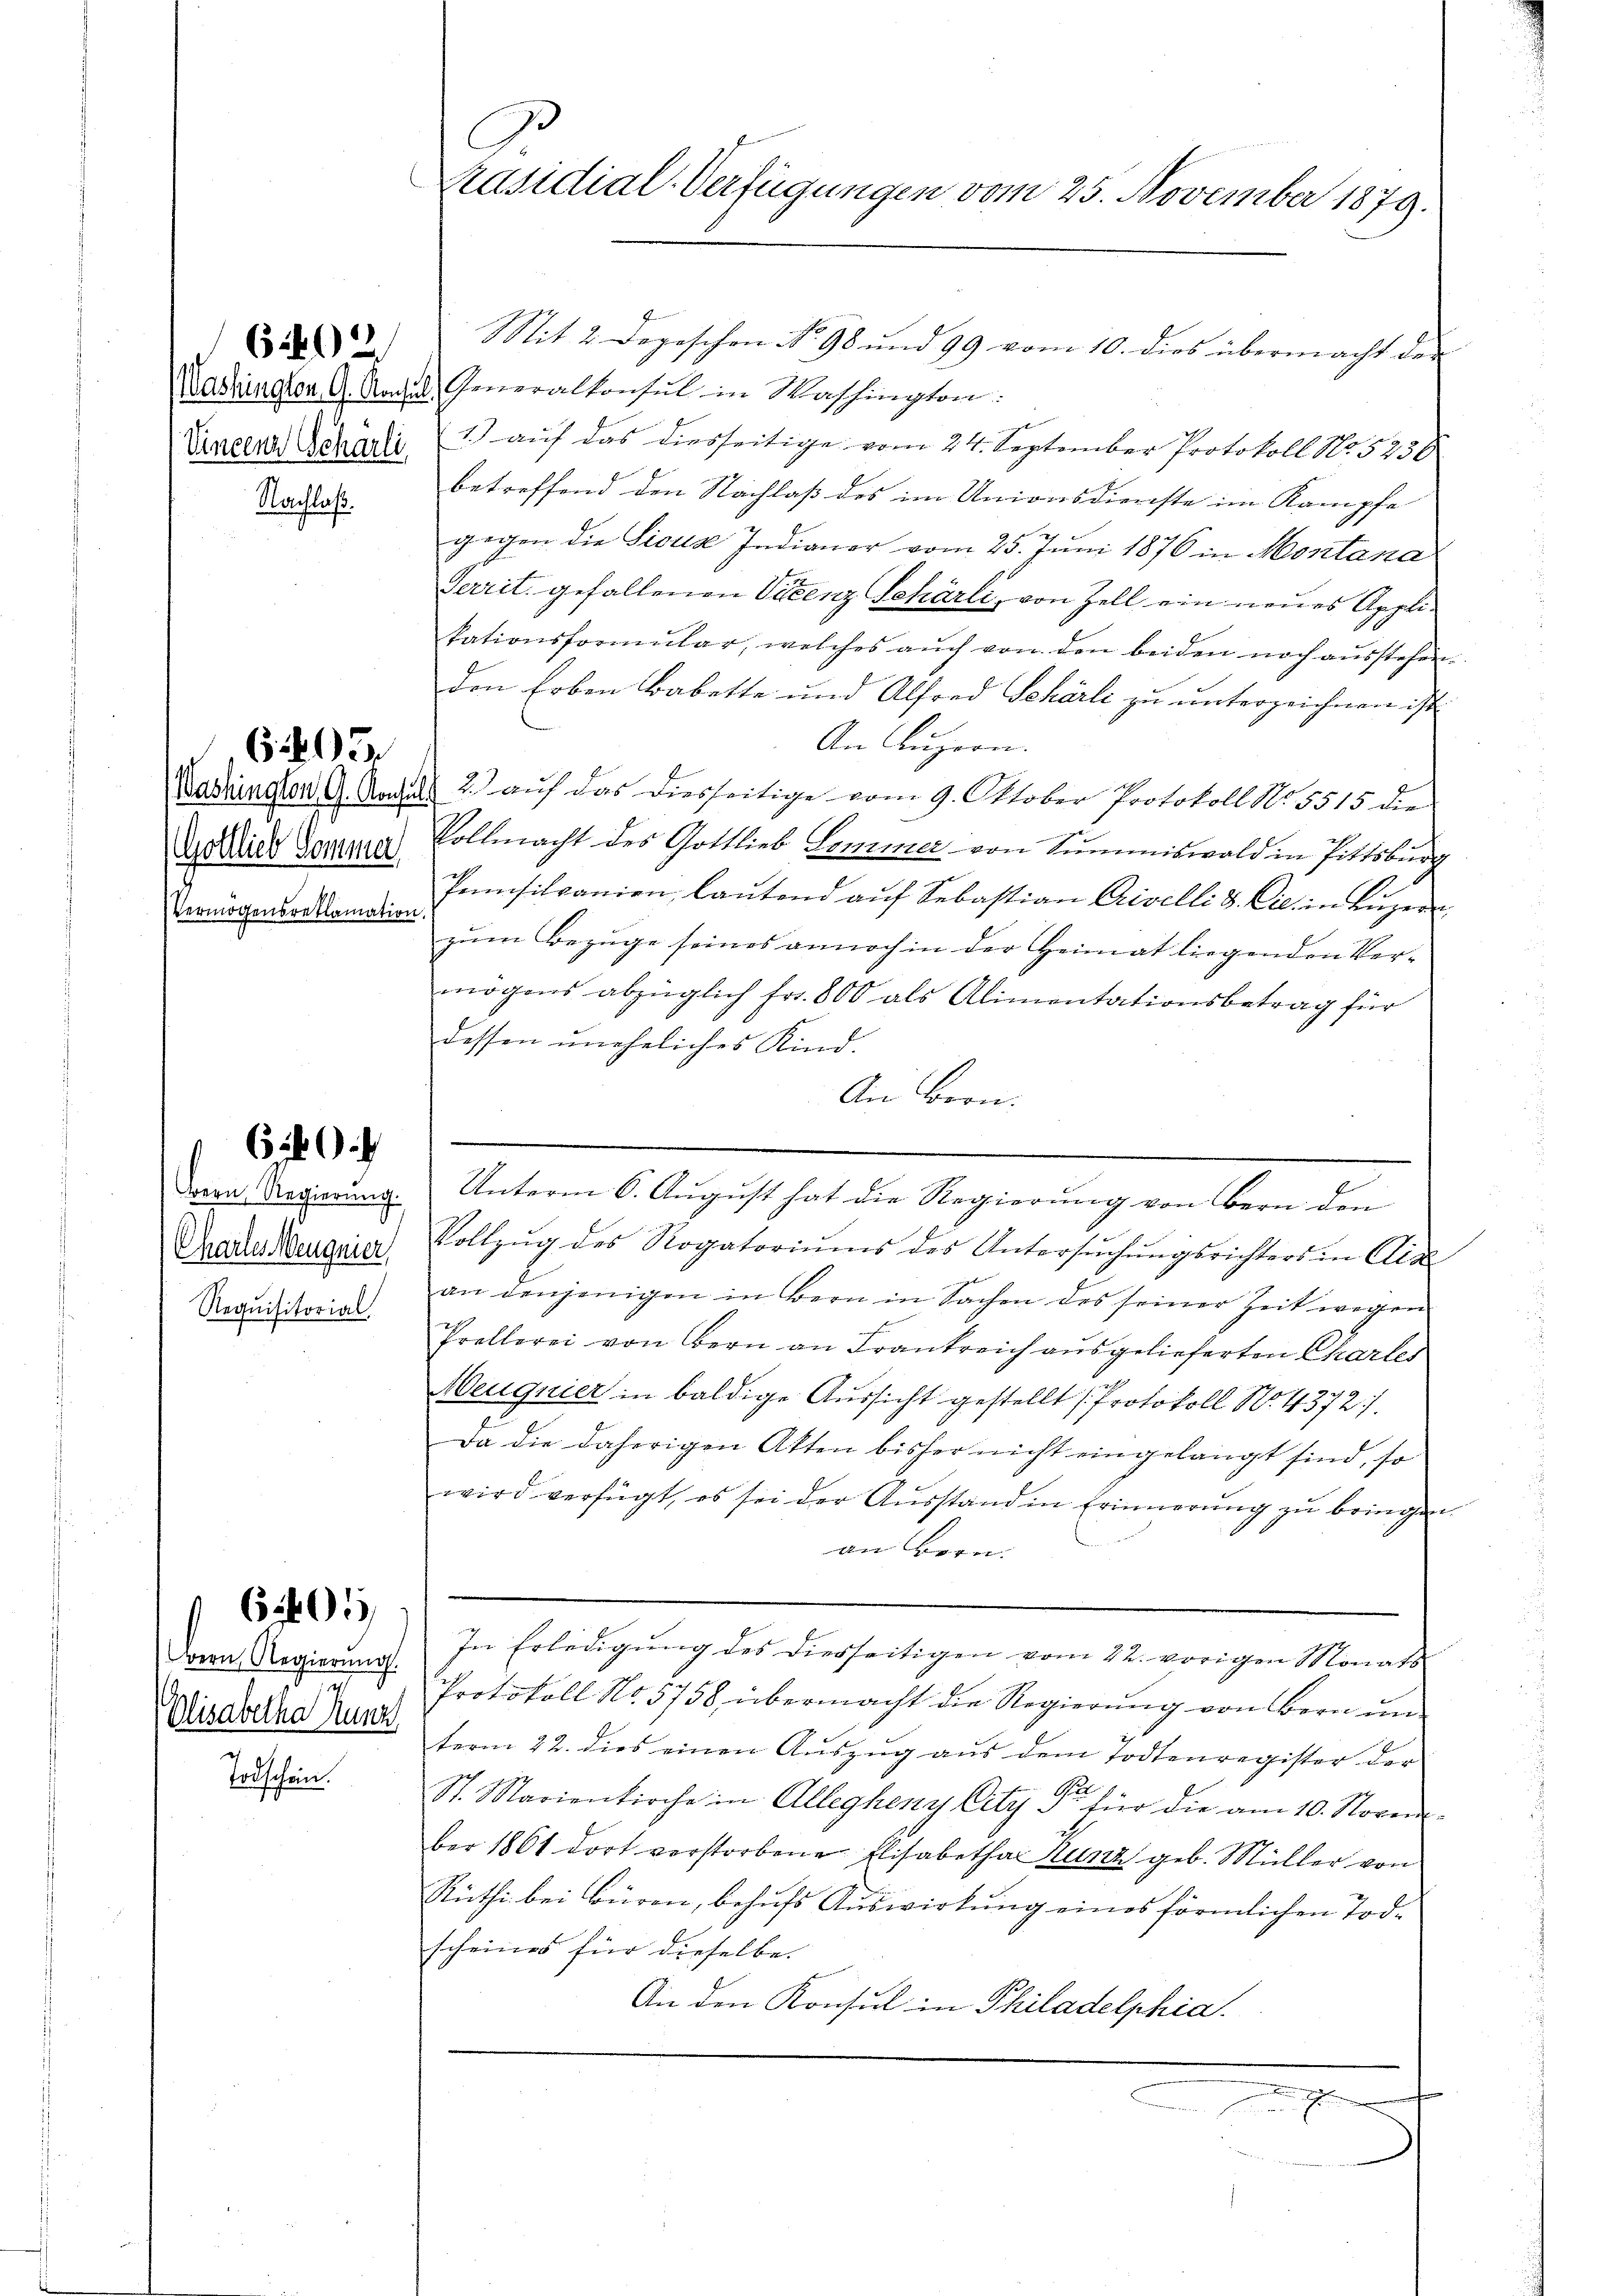
Vincenz Scharli

6402.

Nachlaß.

Vermögensreklamation.

605

Bern, Regierŭng.
Charleseugnier
Requisitorial

620.

Bern Regierung.

6201

Todschein.

Präsidial-Verfügungen vom 25. November 1879.

Mit 2 Depeschen No 98 und 99 vom 10. dies übermacht der
ashington G. Rochel, Generalkonsul in Maschington:
1.) auf das diesseitige vom 24. September Protokoll No. 5230
betreffend den Nachlaß des im Unionsdienste im Kampfe
gegen die Sisua Indianer vom 25. Juni 1876 in Montana
Territ. gefallenen Vicenz Schärli, von Zell ein neues Applikationsformŭlar, welches aŭch von den beiden noch ausstehen.
den Erben Babette und Alfred Schärli zu unterzeichnen ist
An Luzern.
Dasringler G. Nagels 2. auf das diesseitige vom 9. Oktober Protokoll No. 5515. d.
Godlies Gerung Vollmacht des Gottlieb Sommer von Summiswald in Pittsburg
Pensitpanien, laŭtend aŭf Sebastian Crivelli d. Cl. in Lŭzer
zum Bezuge seines annoch in der Heimat liegenden Ver-
mögens abzüglich fr. 800 als Alimentationsbetrag für
dessen uneheliches Kind.
An Bron.
Unterm 6. August hat die Regierung von Bern den
Vollzŭg des Rogatoriŭms des Untersŭchŭngsrichters in Ais
an denjenigen in Bern in Sachen des seiner Zeit wegen
Prellerei von Bern an Frankreich ausgelieferten Charles
Heugnier in baldige Aussicht gestellt (Protokoll No. 4372/
Da die daherigen Akten bisher nicht eingelangt sind, so
wird verfügt, es sei der Aŭsstand in Erinnerung zu bringen.
an Bern.
In Erledigŭng des diesseitigen vom 22. vorigen Monats
Protokoll No 5758 übermacht die Regierung von Bern un
Elisabetha Mune, ferm 22. dies einen Aŭszŭg aŭs dem Todtenregister der
Ger
St. Marienkirche in Allegheny City u. für die am 10. November 1861 dort verstorbene Elisabetha Kunz geb. Müller von
Rüthi bei Büren, behufs Auswirkung eines förmlichen Todscheines für dieselbe.
An den Konsul in Philadelphia.
m